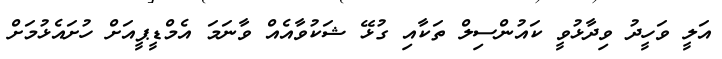
އަލީ ވަހީދު ވިދާޅުވީ ކައުންސިލް ތަކާއި ގުޅޭ ޝަކުވާއެއް ވާނަމަ އެމްޑީޕީއަށް ހުށައެޅުމަށް